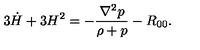
3 \dot { H } + 3 H ^ { 2 } = - \frac { \nabla ^ { 2 } p } { \rho + p } - R _ { 0 0 } .